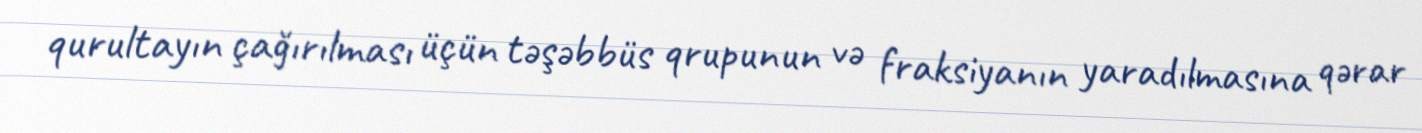
qurultayın çağırılması üçün təşəbbüs qrupunun və fraksiyanın yaradılmasına qərar